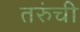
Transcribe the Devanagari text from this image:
तरुंची